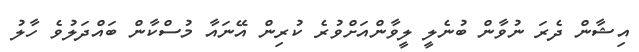
އިޝާން ދެރަ ނުވާން ބުނެލީ ލީވާންއަށްވުރެ ކުރިން އޭނައާ މުސްކާން ބައްދަލުވެ ހާލު